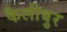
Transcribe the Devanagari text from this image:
कैलीबुर